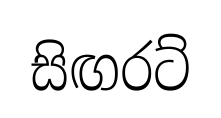
සිඟරට්